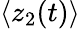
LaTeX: \langle z_{2}(t)\rangle